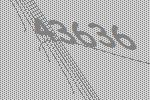
43636